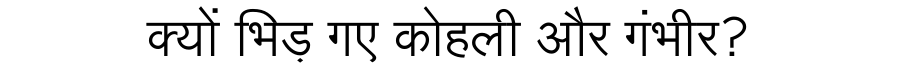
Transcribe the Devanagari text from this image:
क्यों भिड़ गए कोहली और गंभीर?